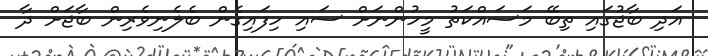
އަދި ބާޖުގައި ތިބޭ މަސައްކަތު މީހުންނަށް ސައި ހިފައިގެން ބެލެނިވެރިން ބާޖަށް ދާ